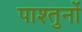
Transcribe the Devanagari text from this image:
पाश्तुनों